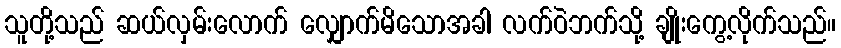
သူတို့သည် ဆယ်လှမ်းလောက် လျှောက်မိသောအခါ လက်ဝဲဘက်သို့ ချိုးကွေ့လိုက်သည်။